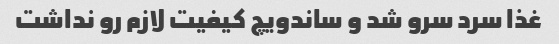
غذا سرد سرو شد و ساندویچ کیفیت لازم رو نداشت